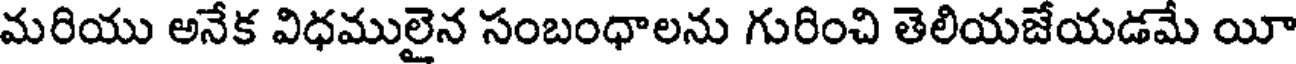
మరియు అనేక విధములైన సంబంధాలను గురించి తెలియజేయడమే యీ